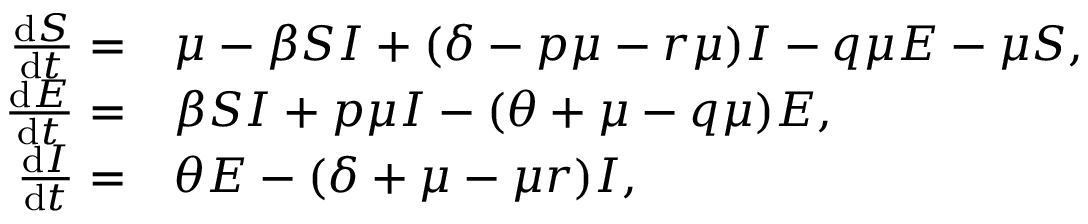
\begin{array} { r l } { \frac { \mathrm { d } S } { \mathrm { d } t } = } & { \mu - \beta S I + ( \delta - p \mu - r \mu ) I - q \mu E - \mu S , } \\ { \frac { \mathrm { d } E } { \mathrm { d } t } = } & { \beta S I + p \mu I - ( \theta + \mu - q \mu ) E , } \\ { \frac { \mathrm { d } I } { \mathrm { d } t } = } & { \theta E - ( \delta + \mu - \mu r ) I , } \end{array}